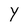
Character: Y